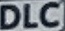
DLC